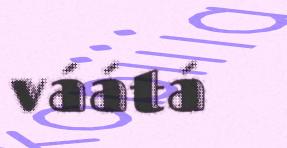
váátá